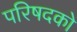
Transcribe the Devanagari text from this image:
परिषदको